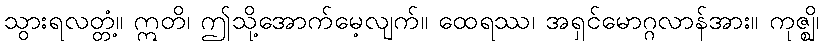
သွားရလတ္တံ့။ ဣတိ၊ ဤသို့အောက်မေ့လျက်။ ထေရဿ၊ အရှင်မောဂ္ဂလာန်အား။ ကုဇ္ဈိ၊